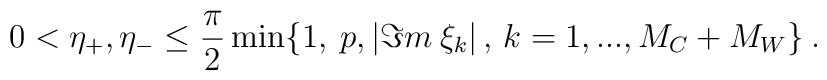
0<\eta _{+},\eta _{-}\leq \frac{\pi }{2}\min \{1,\: p,|\Im m\: \xi _{k}|\, ,\, k=1,...,M_{C}+M_{W}\}\: .